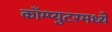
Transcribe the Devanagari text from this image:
काँम्प्युटरमध्ये